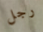
رجل